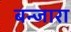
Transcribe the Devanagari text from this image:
बन्जारा